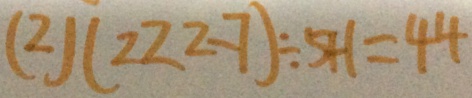
( 2 ) ( 2 2 2 - 7 ) \div 5 + 1 = 4 4